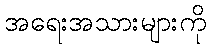
အရေးအသားများကို